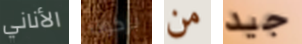
الأناني بركوب من جيد